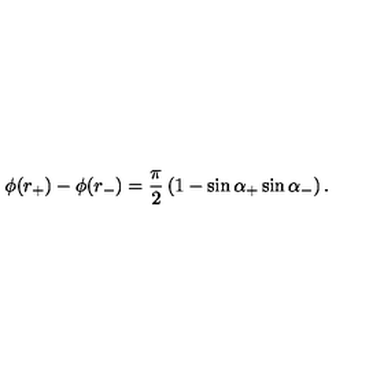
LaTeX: \phi ( r _ { + } ) - \phi ( r _ { - } ) = \frac { \pi } { 2 } \left( 1 - \sin \alpha _ { + } \sin \alpha _ { - } \right) .